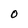
Character: O